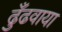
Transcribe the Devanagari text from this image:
ढुँढवाया